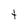
Character: t